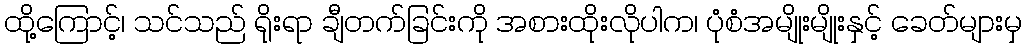
ထို့ကြောင့်၊ သင်သည် ရိုးရာ ချီတက်ခြင်းကို အစားထိုးလိုပါက၊ ပုံစံအမျိုးမျိုးနှင့် ခေတ်များမှ